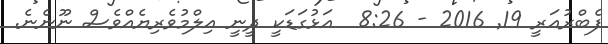
ފެބްރުއަރީ 19